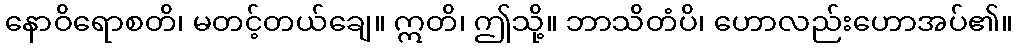
နောဝိရောစတိ၊ မတင့်တယ်ချေ။ ဣတိ၊ ဤသို့။ ဘာသိတံပိ၊ ဟောလည်းဟောအပ်၏။